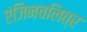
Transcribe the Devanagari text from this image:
एंजिनचलित्र